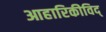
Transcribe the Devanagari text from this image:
आहारिकीविद्